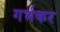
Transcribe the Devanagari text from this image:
गर्भकर